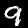
Digit: 9